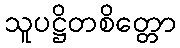
သူပဋ္ဌိတစိတ္တော